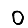
Digit: 0